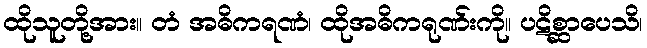
ထိုသူတို့အား။ တံ အဓိကရဏံ၊ ထိုအဓိကရုဏ်းကို။ ပဋိစ္ဆာပေသိ၊